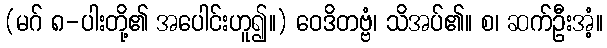
(မဂ် ၈-ပါးတို့၏ အပေါင်းဟူ၍။) ဝေဒိတဗ္ဗံ၊ သိအပ်၏။ စ၊ ဆက်ဦးအံ့။